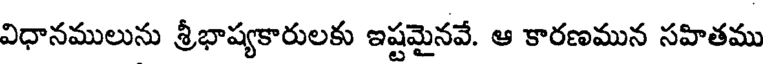
విధానములును శ్రీభాష్యకారులకు ఇష్టమైనవే. ఆ కారణమున సహితము